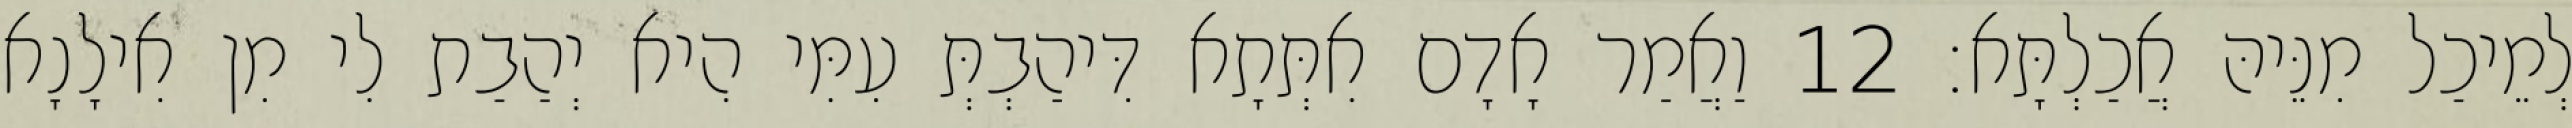
לְמֵיכַל מִנֵּיהּ אֲכַלְתָּא׃ 12 וַאֲמַר אָדָם אִתְּתָא דִּיהַבְתְּ עִמִּי הִיא יְהַבַת לִי מִן אִילָנָא